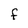
Character: F